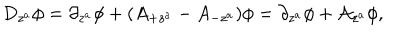
LaTeX: D _ { z ^ { a } } \phi = \partial _ { z ^ { a } } \phi + ( A _ { + z ^ { a } } - A _ { - z ^ { a } } ) \phi = \partial _ { z ^ { a } } \phi + \mathcal { A } _ { z ^ { a } } \phi ,